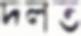
দলত